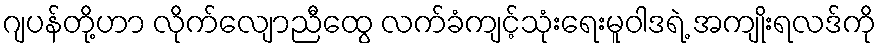
ဂျပန်တို့ဟာ လိုက်လျောညီထွေ လက်ခံကျင့်သုံးရေးမူဝါဒရဲ့ အကျိုးရလဒ်ကို